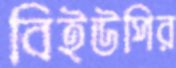
বিইউপির